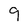
Character: 9